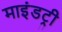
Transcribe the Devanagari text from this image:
माइंडट्री